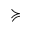
\succcurlyeq